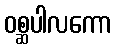
ဝစ္ဆပါလကော